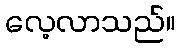
လေ့လာသည်။